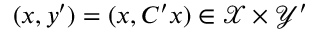
( x , y ^ { \prime } ) = ( x , C ^ { \prime } x ) \in \mathcal { X } \times \mathcal { Y } ^ { \prime }